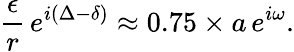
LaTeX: \frac{\epsilon}{r}\, e^{i(\Delta-\delta)}\approx 0.75\times a\, e^{i\omega}.